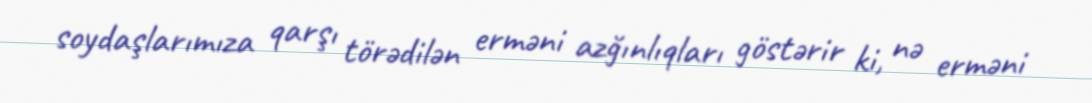
soydaşlarımıza qarşı törədilən erməni azğınlıqları göstərir ki, nə erməni